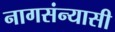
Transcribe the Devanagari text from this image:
नागसंन्यासी